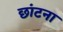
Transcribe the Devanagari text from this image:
छांटना